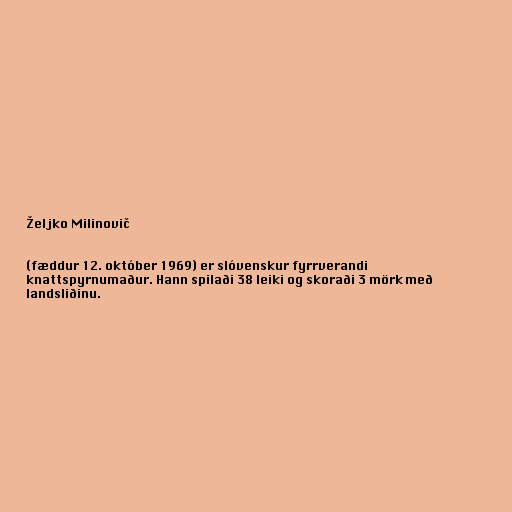
Željko Milinovič

(fæddur 12. október 1969) er slóvenskur fyrrverandi
knattspyrnumaður. Hann spilaði 38 leiki og skoraði 3 mörk með
landsliðinu.